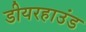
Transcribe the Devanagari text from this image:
डीयरहाउंड